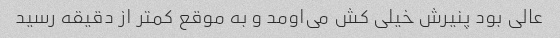
عالی بود پنیرش خیلی کش می‌اومد و به موقع کمتر از دقیقه رسید